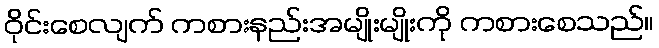
ဝိုင်းစေလျက် ကစားနည်းအမျိုးမျိုးကို ကစားစေသည်။